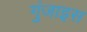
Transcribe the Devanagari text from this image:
गुंजाइस